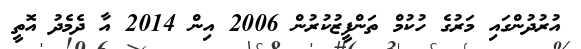
އުރުދުންގައި މަރުގެ ހުކުމް ތަންފީޒުކުރުން 2006 އިން 2014 އާ ދެމެދު އޮތީ